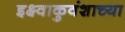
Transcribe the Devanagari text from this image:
इक्ष्वाकुवंशाच्या